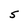
Character: 5